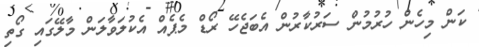
ކަން މިހެން ހުރުމުން ސަރުކާރުން އެބަޖެހޭ ރޯޑް މެޕެއް އެކުލަވާލަން މާލޭގައި ގޯތި